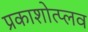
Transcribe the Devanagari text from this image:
प्रकाशोत्प्लव